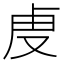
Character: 𮓚